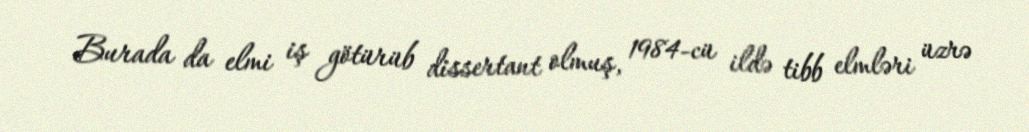
Burada da elmi iş götürüb dissertant olmuş, 1984-cü ildə tibb elmləri üzrə